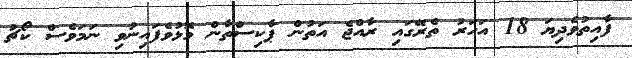
ފާއިތުވެދިޔަ 18 އަހަރު ތެރޭގައި ރާއްޖެ އަތުން ޕާކިސްތާން މޮޅުވެފައިނުވި ނަމަވެސް ކޯޗު